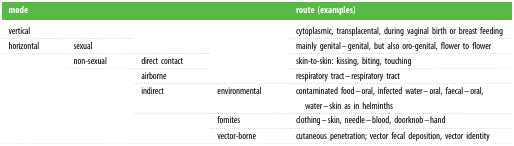
| mode |  |  |  | route (examples) |
 | --- | --- | --- | --- | --- |
 | vertical |  | <ROWSPAN=2>  | <ROWSPAN=4>  | cytoplasmic, transplacental, during vaginal birth or breast feeding |
 | horizontal | sexual | mainly genital–genital, but also oro-genital, flower to flower |
 | <ROWSPAN=5>  | non-sexual | direct contact | skin-to-skin: kissing, biting, touching |
 | <ROWSPAN=4>  | airborne | respiratory tract–respiratory tract |
 | indirect | environmental | contaminated food–oral, infected water–oral, faecal–oral, water–skin as in helminths |
 | <ROWSPAN=2>  | fomites | clothing–skin, needle–blood, doorknob–hand |
 | vector-borne | cutaneous penetration; vector fecal deposition, vector identity |